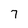
Character: 7